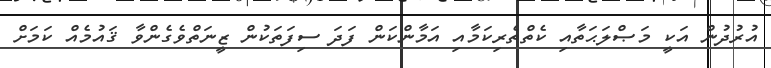
އުރުދުން އަކީ މަޞްލަޙަތާއި ކެތްތެރިކަމާއި އަމާންކަން ފަދަ ސިފަތަކުން ޒީނަތްވެގެންވާ ޤައުމެއް ކަމަށް